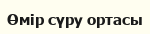
Өмір сүру ортасы